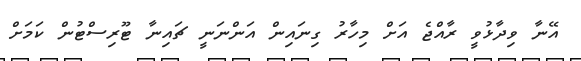
އޭނާ ވިދާޅުވީ ރާއްޖެ އަށް މިހާރު ގިނައިން އަންނަނީ ޗައިނާ ޓޫރިސްޓުން ކަމަށް